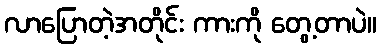
လာပြောတဲ့အတိုင်း ကားကို တွေ့တာပဲ။